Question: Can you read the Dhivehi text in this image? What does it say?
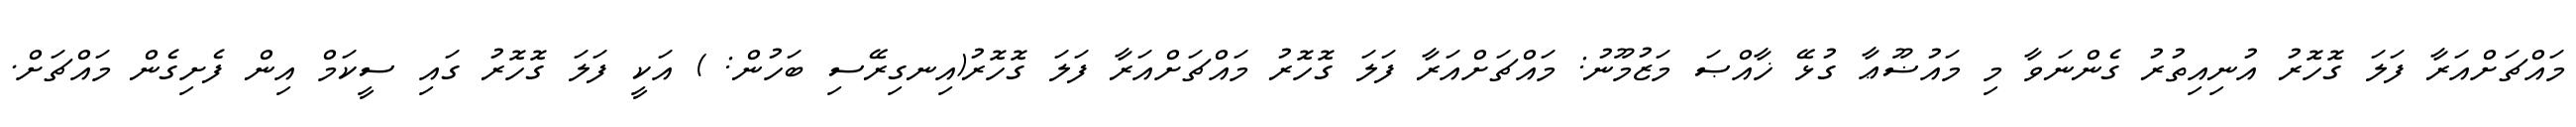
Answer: މައްޗަށްއަރާ ފަލަ ގޮހޮރު އުނިއިތުރު ގެންނަވާ މި މައުޟޫޢާ ގުޅޭ ޚާއްޞަ މަޒުމޫނު: މައްޗަށްއަރާ ފަލަ ގޮހޮރު މައްޗަށްއަރާ ފަލަ ގޮހޮރު(އިނގިރޭސި ބަހުން: ) އަކީ ފަލަ ގޮހޮރު ގައި ސީކަމް އިން ފެށިގެން މައްޗަށް.